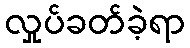
လှုပ်ခတ်ခဲ့ရာ